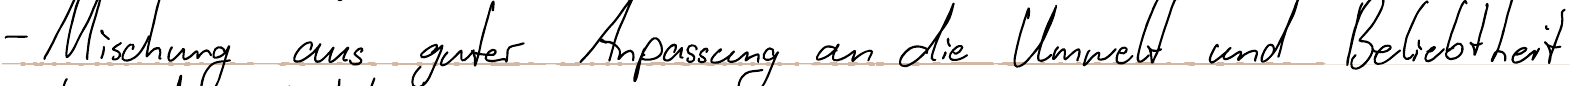
- Mischung aus guter Anpassung an die Umwelt und Beliebtheit